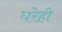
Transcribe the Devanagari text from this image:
घरेही